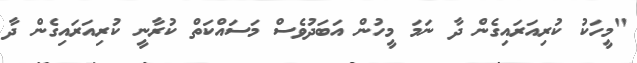
"މީހަކު ކުރިއަރައިގެން ދާ ނަމަ މީހުން އަބަދުވެސް މަސައްކަތް ކުރާނީ ކުރިއަރައިގެން ދާ